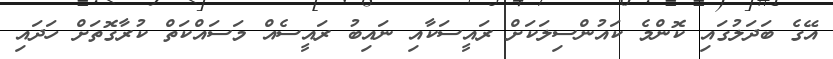
އޭގެ ބަދަލުގައި ކޮންމެ ކައުންސިލަކަށް ރައީސަކާއި ނައިބު ރައީސެއް މަސައްކަތް ކުރާގޮތަށް ހަދައި